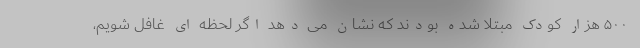
۵۰۰ هزار کودک مبتلا شده بودند که نشان می دهد اگر لحظه ای غافل شویم،